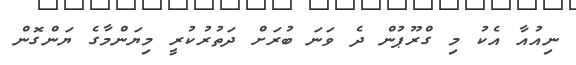
ނިއުއާ އެކު މި ގްރޫޕުން ދެ ވަނަ ބުރަށް ދަތުރުކުރީ މިޔަންމާގެ ޔަންގޮން